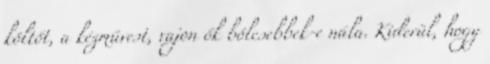
költőt, a kézművest, vajon ők bölcsebbek-e nála. Kiderül, hogy